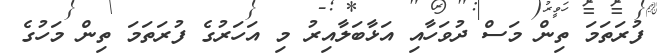
ފުރަތަމަ ތިން މަސް ދުވަހާއި އަޅާބަލާއިރު މި އަހަރުގެ ފުރަތަމަ ތިން މަހުގެ